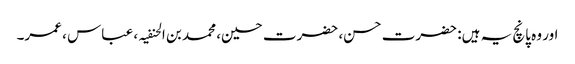
اور وہ پانچ یہ ہیں: حضرت حسن، حضرت حسین، محمد بن الحنفیہ ، عباس ، عمر۔